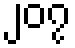
၂၀၇